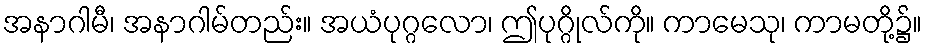
အနာဂါမီ၊ အနာဂါမ်တည်း။ အယံပုဂ္ဂလော၊ ဤပုဂ္ဂိုလ်ကို။ ကာမေသု၊ ကာမတို့၌။